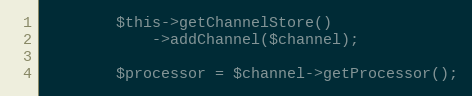
Language: PHP
        $this->getChannelStore()
            ->addChannel($channel);

        $processor = $channel->getProcessor();